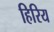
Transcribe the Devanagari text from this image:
हिरिय